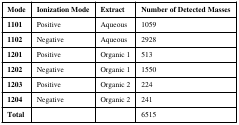
| Mode | Ionization Mode | Extract | Number of Detected Masses |
 | --- | --- | --- | --- |
 | 1101 | Positive | Aqueous | 1059 |
 | 1102 | Negative | Aqueous | 2928 |
 | 1201 | Positive | Organic 1 | 513 |
 | 1202 | Negative | Organic 1 | 1550 |
 | 1203 | Positive | Organic 2 | 224 |
 | 1204 | Negative | Organic 2 | 241 |
 | Total |  |  | 6515 |